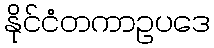
နိုင်ငံတကာဥပဒေ